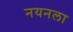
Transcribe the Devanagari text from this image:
नयनला